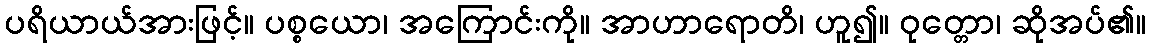
ပရိယာယ်အားဖြင့်။ ပစ္စယော၊ အကြောင်းကို။ အာဟာရောတိ၊ ဟူ၍။ ဝုတ္တော၊ ဆိုအပ်၏။